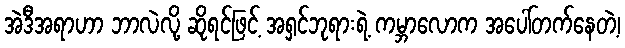
အဲဒီအရာဟာ ဘာလဲလို့ ဆိုရင်ဖြင့် အရှင်ဘုရားရဲ့ ကမ္ဘာလောက အပေါ်တက်နေတဲ့၊